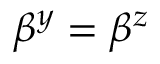
\beta ^ { y } = \beta ^ { z }